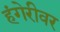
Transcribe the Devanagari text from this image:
हंगेरीवर